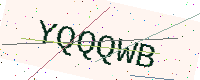
Text: YQQQWB